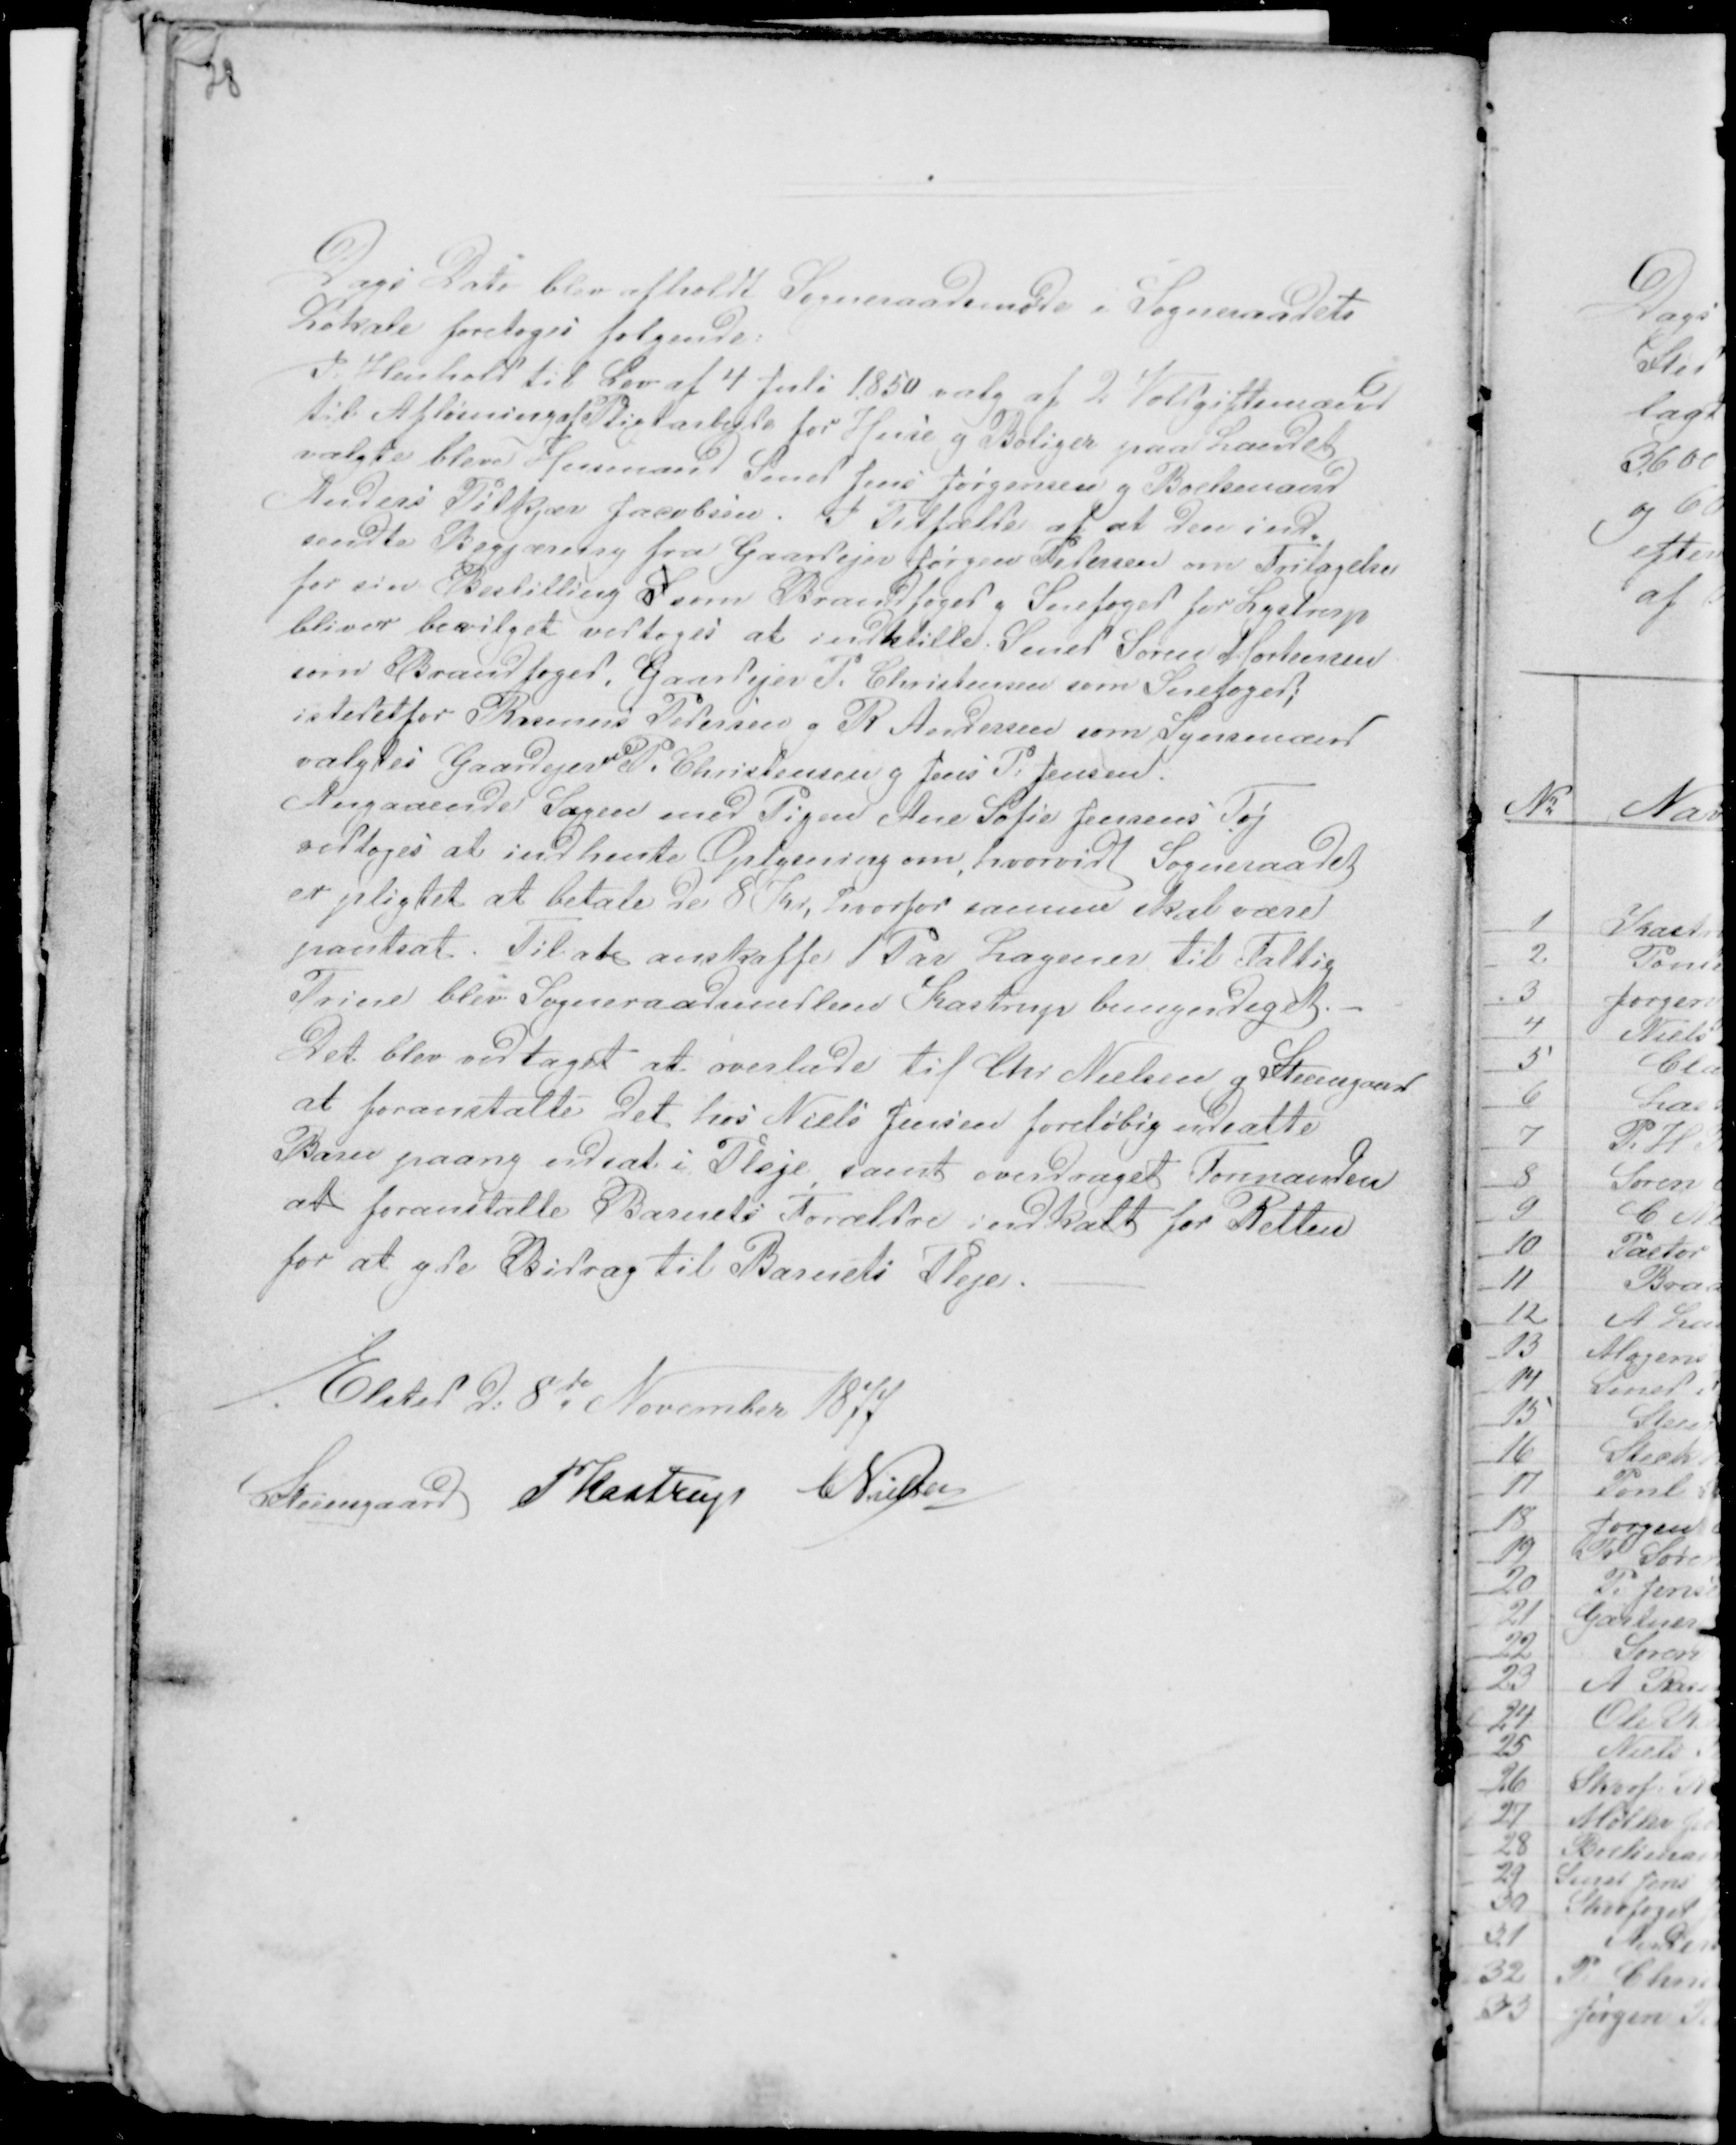
Transskription:
28

Dags Dato blev afholdt Sogneraadsmøde i Sogneraadets
Lokale foretoges følgende:
I Henhold til Lov af 4 Juli 1850 valg af 2 Voldgiftsmænd
til Afløsning af Pligtarbejde for Huse g Boliger paa Landet
valgte bleve Husmand Smed Jens Jørgensen g Boelsmand
Anders Pilkjær Jacobsen. I Tilfælde af at den ind-
sendte Begjæring fra Gaardejer Jørgen Pedersen om Fritagelse
for sin Bestilling S som Brandfoged g Snefoged for Lystrup
bliver bevilget vedtoges at indstille Smed Søren Mortensen
som Brandfoged. Gaardejer P: Christensen som Snefoged
istedetfor Rasmus Pedersen g R Andersen som Synsmænd
valgtes Gaardejerne P. Christensen g Jens P: Jensen.
Angaaende Sagen med Pigen Ane Sofie Jensens Tøj
vedtoges at indhente Oplysning om, hvorvidt Sogneraadet
er pligtet at betale de 8 Kr, hvorfor samme skal være
pantsat. Til at anskaffe 1 Par Lagner til Fattig
Trine blev Sogneraadsmedlem Kastrup bemyndiget. -
Det blev vedtaget at overlade til Chr Nielsen g Steensgaard
at foranstalte det hos Niels Jensen foreløbig udsatte
Barn paany udsat i Pleje, samt overdraget Formanden
at foranstalte Barnets Forældre indkalt for Retten
for at yde Bidrag til Barnets Pleje. -

Elsted d: 8d November 1877
Steensgaard PKastrup CNielsen